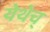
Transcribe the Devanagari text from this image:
येथेच्